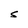
Character: S